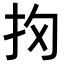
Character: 𢪣